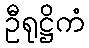
ဦရုဋ္ဌိကံ